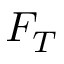
F _ { T }